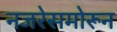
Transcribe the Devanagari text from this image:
नजरेसमोरून